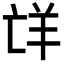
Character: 𮊤